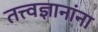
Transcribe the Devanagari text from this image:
तत्त्वज्ञानांना